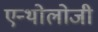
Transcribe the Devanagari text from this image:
एन्थोलोजी